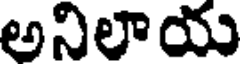
అనిలాయ